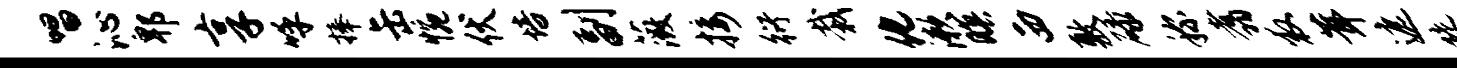
唱沁郫享呼捧缶惋伏培副薇接衍栽化漱暝西敷碌称翥救茸遮陡